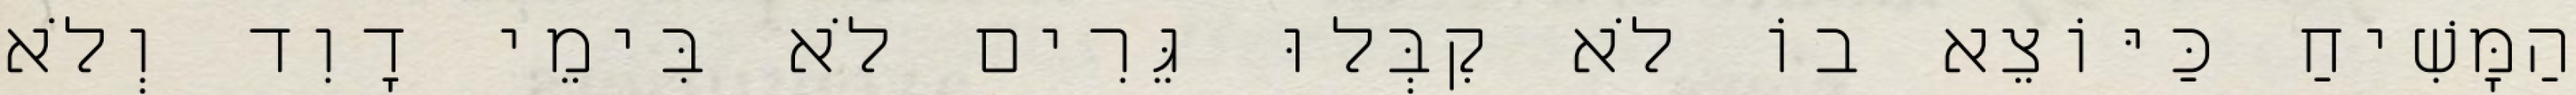
הַמָּשִׁיחַ כַּיּוֹצֵא בוֹ לֹא קִבְּלוּ גֵּרִים לֹא בִּימֵי דָוִד וְלֹא